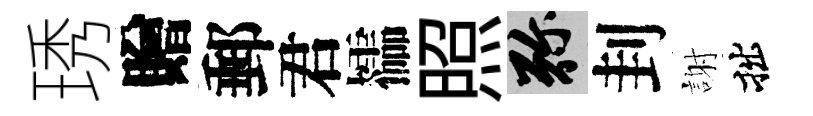
琇贈郵君櫺照弥刲謝拙